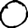
Digit: 0